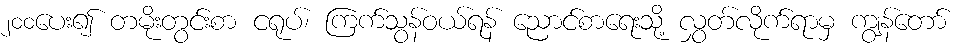
၂၀၀ပေး၍ တမိုးတွင်းစာ ငရုပ်၊ ကြက်သွန်ဝယ်ရန် ညောင်စာရေးသို့ လွှတ်လိုက်ရာမှ ကျွန်တော်